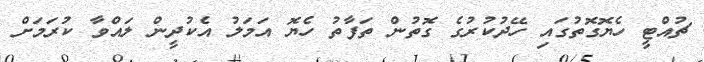
ޗުއްޓީ ހެޔޮގޮތުގައި ހޭދުކުރުުގެ ގޮތުން ތަފާތު ހެޔޮ އަމަލު އެކުދީން ލައްވާ ކުރަމަށް